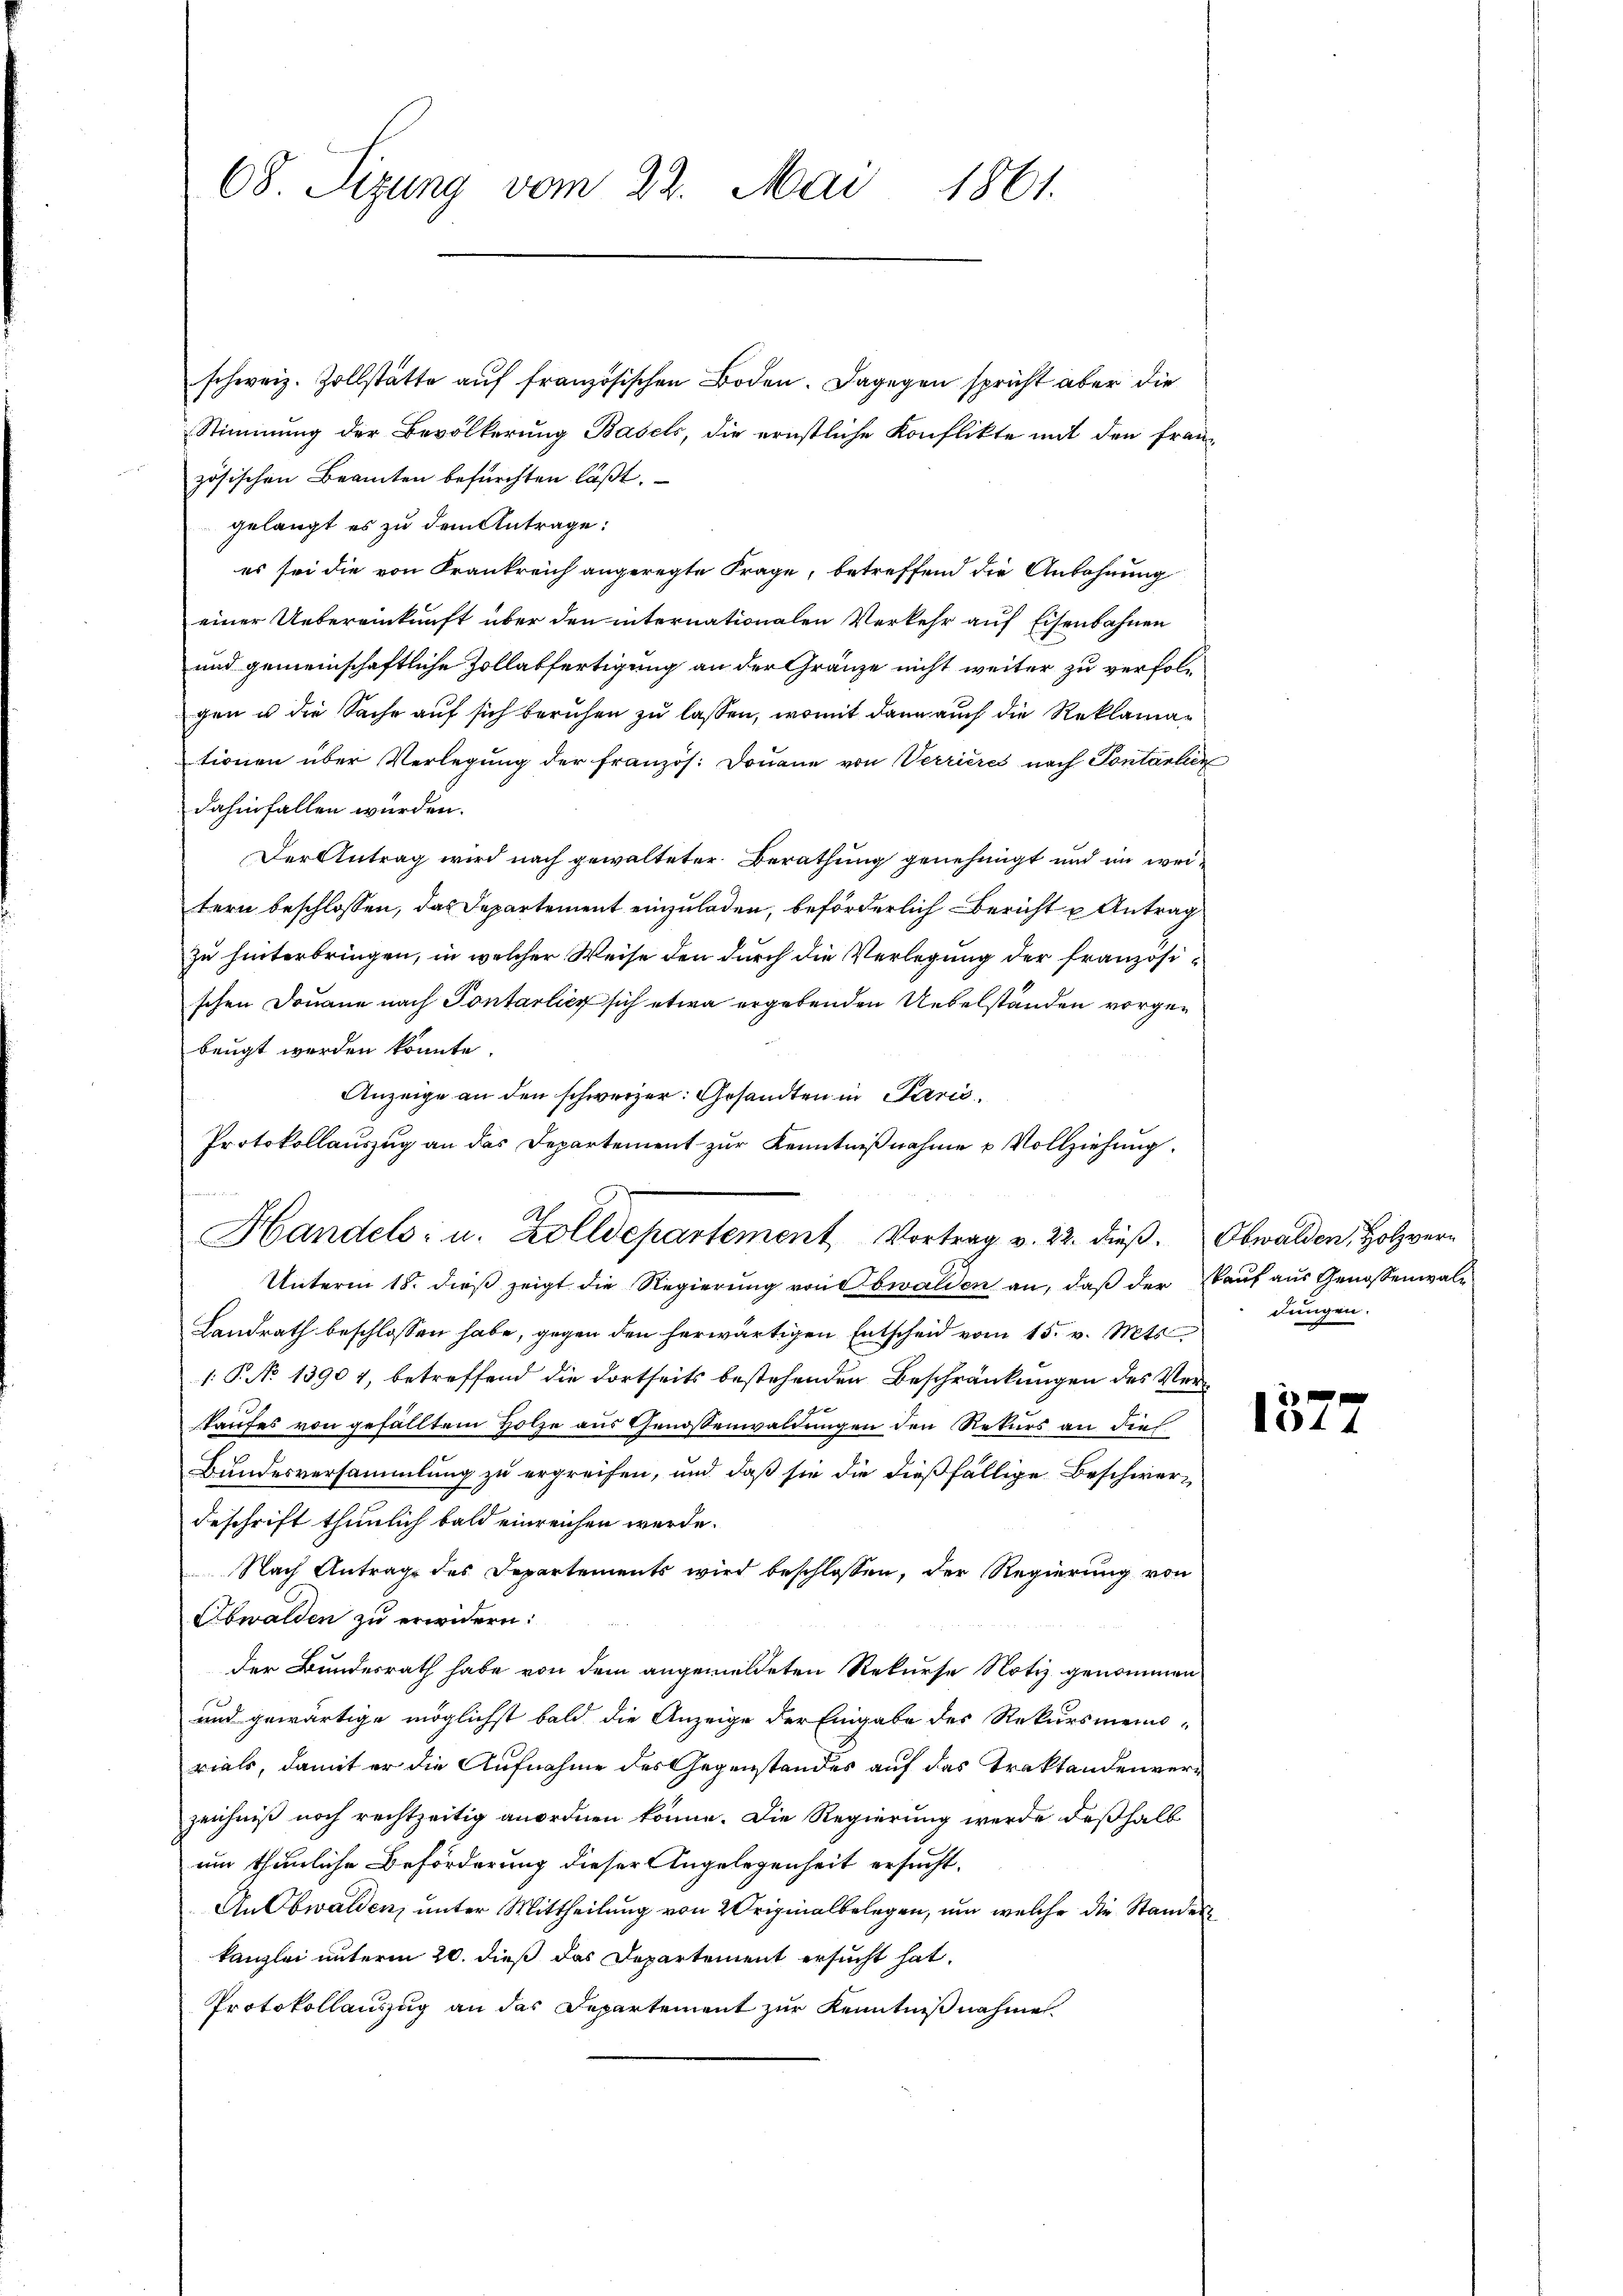
68. Sizung vom 22. Mai 1861.

schweiz. Zollstätte auf französischen Boden. Dagegen spricht aber die
Stimmung der Bevölkerung Basels, die ernstliche Konflikte mit den französischen Beamten befürchten läßt.
gelangt es zu dem Antrage:
es sei die von Krankreich angeregte Frage, betreffend die Anbahnung
einer Uebereinkunft über den internationalen Verkehr auf Eisenbahnen
und gemeinschaftliche Zollabfertigung an der Gränze nicht weiter zu verfolgen u die Sache auf sich beruhen zu lassen, womit dann auch die Reklamationen über Verlegung der französ. Douane von Verrières nach Pontantier
dahinfallen würden.
Der Antrag wird nach gewalteter Berathung genehmigt und im weitern beschlossen, das Departement einzuladen, beförderlich Bericht u Antrag
zu hinterbringen, in welcher Weise den durch die Verlegung der französischen Douane nach Pontarlich sich etwa ergebenden Uebelständen vorgebeugt werden könnte.
Anzeige an den schweizer: Gesandten in Parić,
Protokollauszug an das Departement zur Kenntnißnahme u Vollziehung.
Handels- u. Zolldepartement Vortrag v. 22. dieβ. Obwalden Holzver¬
Unterm 18. dieß zeigt die Regierung von Obwalden an, daß der kauf aus Genossenwal¬
Landrath beschlossen habe, gegen den herwärtigen Entscheid vom 15. v. Mts.
1. P. No 13907, betreffend die dortseits bestehenden Beschränkungen des Vere
Taufes von gefälltem Holze aus Genossenwaldungen den Rekurs an die
Bundesversammlung zu ergreifen, und daß sie die dießfällige Beschwer¬
Beschrift thunlich bald einreichen werde.
Nach Antrage des Departements wird beschlossen, der Regierung von
Obwalden zu erwidern:
der Bundesrath habe von dem angemeldeten Rekurse Notiz genommen
und gewärtige möglichst bald die Anzeige der Eingabe des Rekursmeins-
rials, damit er die Aufnahme des Gegenstandes auf das Traktandenverzeichniß noch rechtzeitig anordnen könne. Die Regierung werde deßhalb
um thunliche Beförderung dieser Angelegenheit ersucht.
An Obwalden, unter Mittheilung von 2 Originalbelegen, um welche die Standes
kanzlei unterm 20. dieß das Departement ersucht hat.
Protokollauszug an das Departement zur Kenntnißnahme

dungen.

10